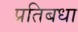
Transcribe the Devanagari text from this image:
प्रतिबधा